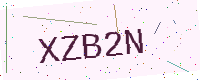
Text: XZB2N